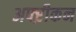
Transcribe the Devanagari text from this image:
अफ्ऱीकन